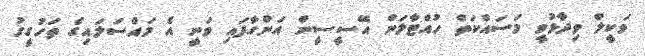
ވަކީލް ވިދާޅުވީ މަސައްކަތް ހުއްޓާލަން އޭސީސީން އަންގާފައި ވަނީ އެ މައްސަލައިގެ ތަހުގީގު